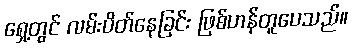
ရှေ့တွင် လမ်းပိတ်နေခြင်း ဖြစ်ဟန်တူပေသည်။